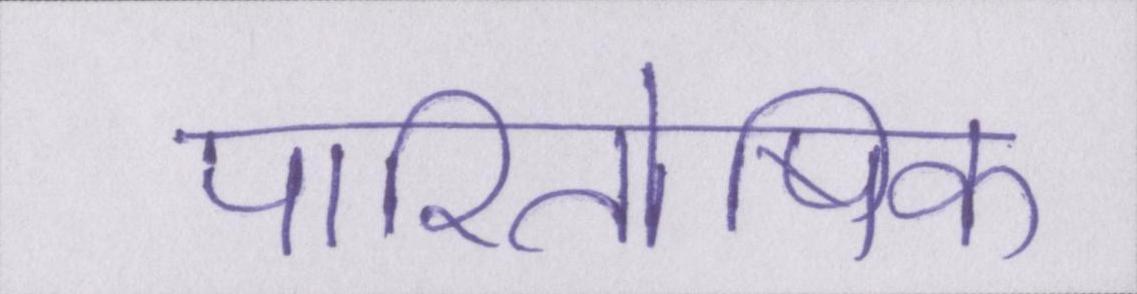
पारितोषिक